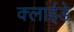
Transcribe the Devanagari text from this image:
क्लाईडे